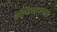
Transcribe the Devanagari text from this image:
बेल्जियमप्रमाणे